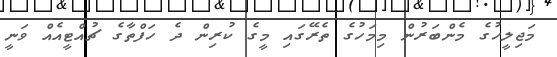
މަޖިލީހުގެ މެންބަރުން މިމަހުގެ ތެރޭގައި މީގެ ކުރިން ދެ ހަފްތާގެ ޗުއްޓީއެއް ވަނީ